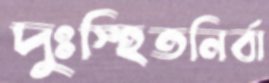
দুঃস্হিতনির্বা